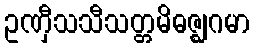
ဥဏှီသသီသတ္တမိဓဇ္ဈဂမာ